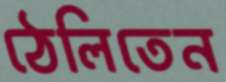
ঠেলিতেন